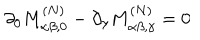
\partial _ { 0 } M _ { \alpha \beta , 0 } ^ { ( N ) } - \partial _ { \gamma } M _ { \alpha \beta , \gamma } ^ { ( N ) } = 0